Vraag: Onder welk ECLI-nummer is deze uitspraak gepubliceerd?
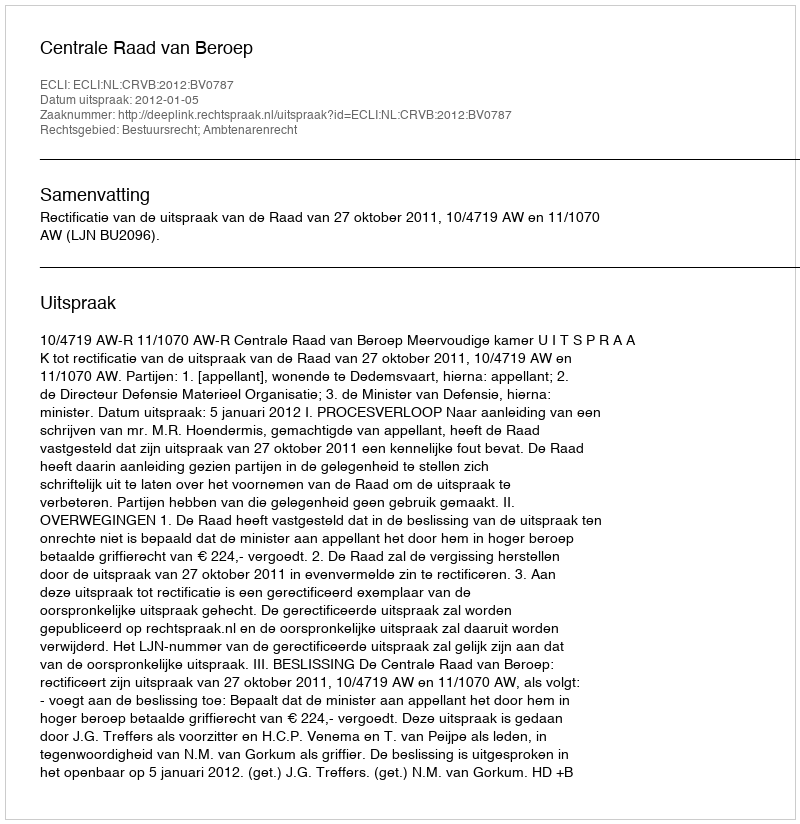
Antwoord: ECLI:NL:CRVB:2012:BV0787